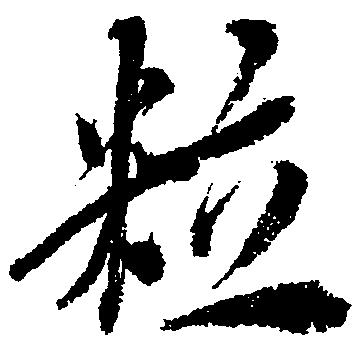
粒